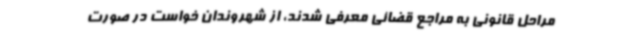
مراحل قانونی به مراجع قضائی معرفی شدند، از شهروندان خواست در صورت